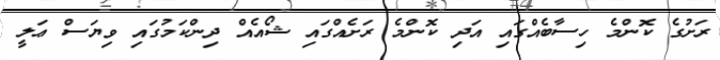
ރަށުގެ ކޮންމެ ހިސާބެއްގައި އަދި ކޮންމެ ރަށެއްގައި ޝޯއެއް ދިންކަމުގައި ވިޔަސް ޢަލީ